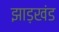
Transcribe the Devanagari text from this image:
झाड़खंड